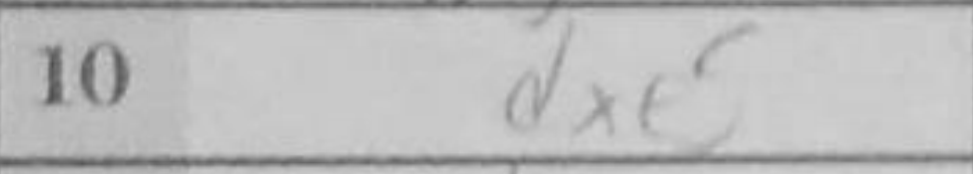
Transcription: dxe5